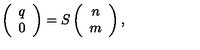
\left( \begin{array} { c } { q } \\ { 0 } \\ \end{array} \right) = S \left( \begin{array} { c } { n } \\ { m } \\ \end{array} \right) ,